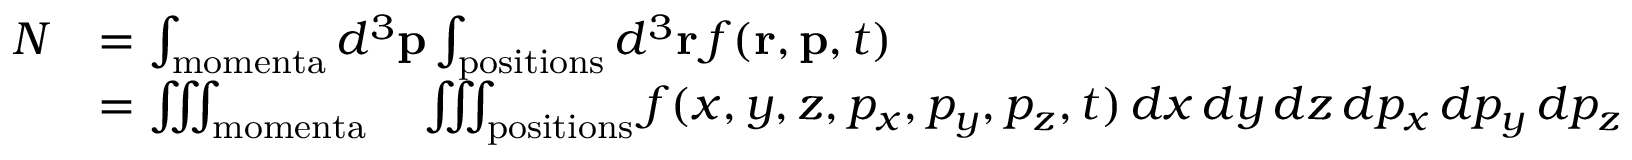
{ \begin{array} { r l } { N } & { = \int _ { \mathrm { m o m e n t a } } d ^ { 3 } \mathbf { p } \int _ { \mathrm { p o s i t i o n s } } d ^ { 3 } \mathbf { r } \, f ( \mathbf { r } , \mathbf { p } , t ) } \\ & { = \iiint _ { \mathrm { m o m e n t a } } \quad \iiint _ { \mathrm { p o s i t i o n s } } f ( x , y , z , p _ { x } , p _ { y } , p _ { z } , t ) \, d x \, d y \, d z \, d p _ { x } \, d p _ { y } \, d p _ { z } } \end{array} }